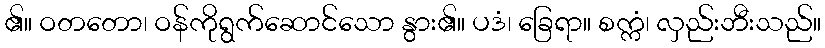
၏။ ဝတတော၊ ဝန်ကိုရွက်ဆောင်သော နွား၏။ ပဒံ၊ ခြေရာ။ စက္ကံ၊ လှည်းဘီးသည်။